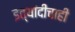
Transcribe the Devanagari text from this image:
इत्यांदीचाही